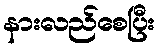
နားလည်စေပြီး